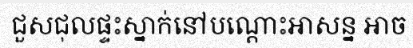
ជួសជុលផ្ទះស្នាក់នៅបណ្តោះអាសន្ន អាច